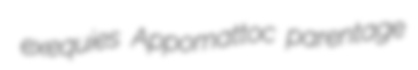
exequies Appomattoc parentage